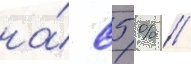
на́ 85 % //